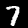
Digit: 7